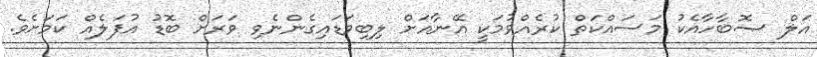
އަލް ޞޮބާހާއެކު މަސައްކަތް ކުރެއްވުމަކީ އޭނާއަށް ލިބިވަޑައިގެންނެވި ވަރަށް ބޮޑު އުފަލެއް ކަމަށެވެ.